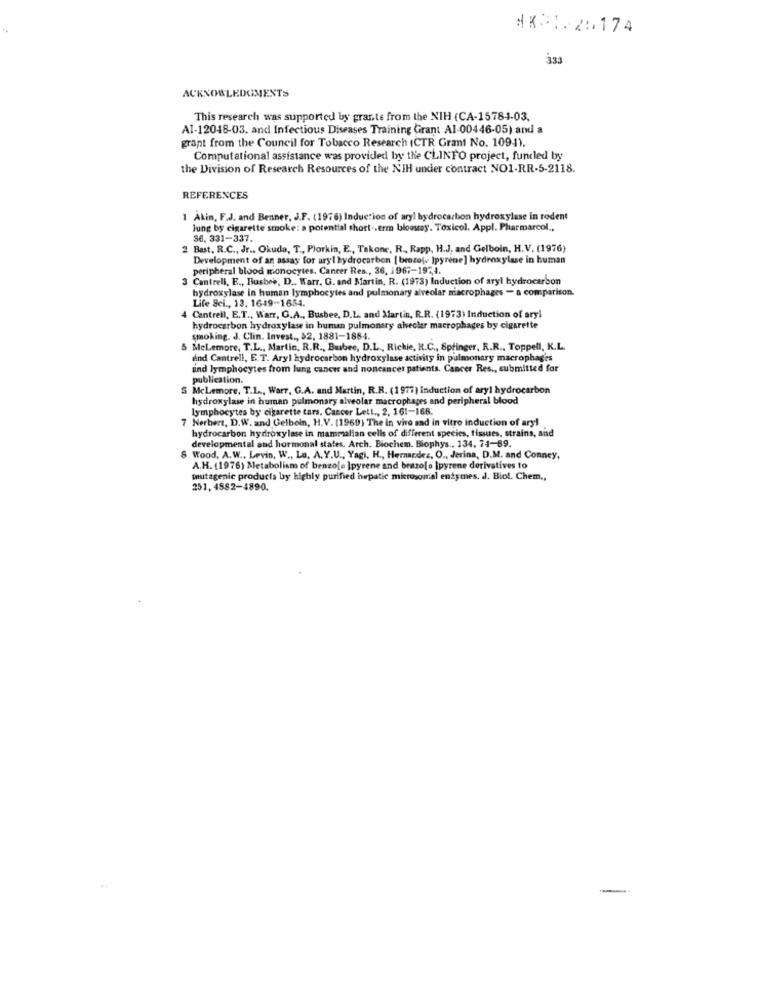
333
ACKNOWLEDGMENTS
This research was supported by grants from the NIH (CA-15784-03,
Al-12048-03. and Infectious Diseases Training Grant Al-00446-05) and a
grant from the Council for Tobacco Research (CTR Grant No. 109-1).
Computational assistance was provided by the CLINFO project, funded by
the Division of Research Resources of the NIH under contract NO1-RR-5-2118.
REFERENCES
1 Akin, F.J. and Benner, J.F. (1976) Induction of aryl hydrocarbon hydroxylase in rodent
Jung by cigarette smoke: a potential short .. erm bioosss. Toxicol. Appl. Pharmarcol .,
36, 331-337.
2 Bast, R.C ., Jr ., Okuda, T ., Plorkin, E ., Takone, R ., Rapp, H.J, and Gelboin, H.V. (1976)
Development of an assay for uryl hydrocarbon [ brozole Ipyrene] hydroxylase in human
peripheral blood monocytes. Cancer Res, 36, 1967-197,4.
Cantrell, E ., Busbee, D .. Warr. G. and Martin, R. (1973) Induction of aryl hydrocarbon
hydroxylase in human lymphocytes and pulmonary alveolar macrophages - a comparison.
Life Sci ., 13. 1649-1684.
Cantrell, E.T ., Warr, G.A ., Busbee, D.L. and Martin, R.R. (1973) Induction of aryl
hydrocarbon hydroxylase in buman pulmonary alvecler macrophages by cigarette
smoking. J. Clin. Invest ., $2, 1881-1884.
MeLemore, T.L ., Martin, R.R ., Busbee, D.L ., Richie, R.C ., Springer, R.R ., Toppell, K.L.
and Cantrell, E.T. Aryl hydrocarbon hydroxylase activity in pulmonary macrophages
and lymphocytes from lung cancer and noncancer patients. Cancer Res ., submitted for
publication.
S Mclemore, T.L ., Warr, G.A. and Martin, R.R. (1977) induction of aryl hydrocarbon
hydroxylase in human pulmonary alveolar macrophages and peripheral blood
lymphocytes by cigarette tars. Cancer Lett ., 2, 161-168.
7 Nerbert, D.W. and Gelbein, H.V. (1969) The in vivo and in vitro induction of ary!
hydrocarbon hydroxylase in mammalian cells of different species, tisues, strains, and
developmental and hormonal states. Arch. Biochem. Biophys, 134, 74-69.
8 Wood, A.W .. Levin, W ., La. A. Y.U ., Yagi, H ., Hernandez, O ., Jerina, D.M. and Conney,
A.H. (1976) Metabolism of benzo[e ]pyrene and benzo[a ]pyrene derivatives to
Imutagenic products by highly purified hepatic microsonal enzymes. J. Biol. Chem .,
251, 4882-4890.